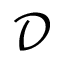
\mathcal { D }